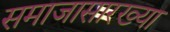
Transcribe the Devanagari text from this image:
समाजासारख्या